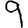
Digit: 9